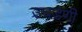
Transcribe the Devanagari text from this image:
उघडणी